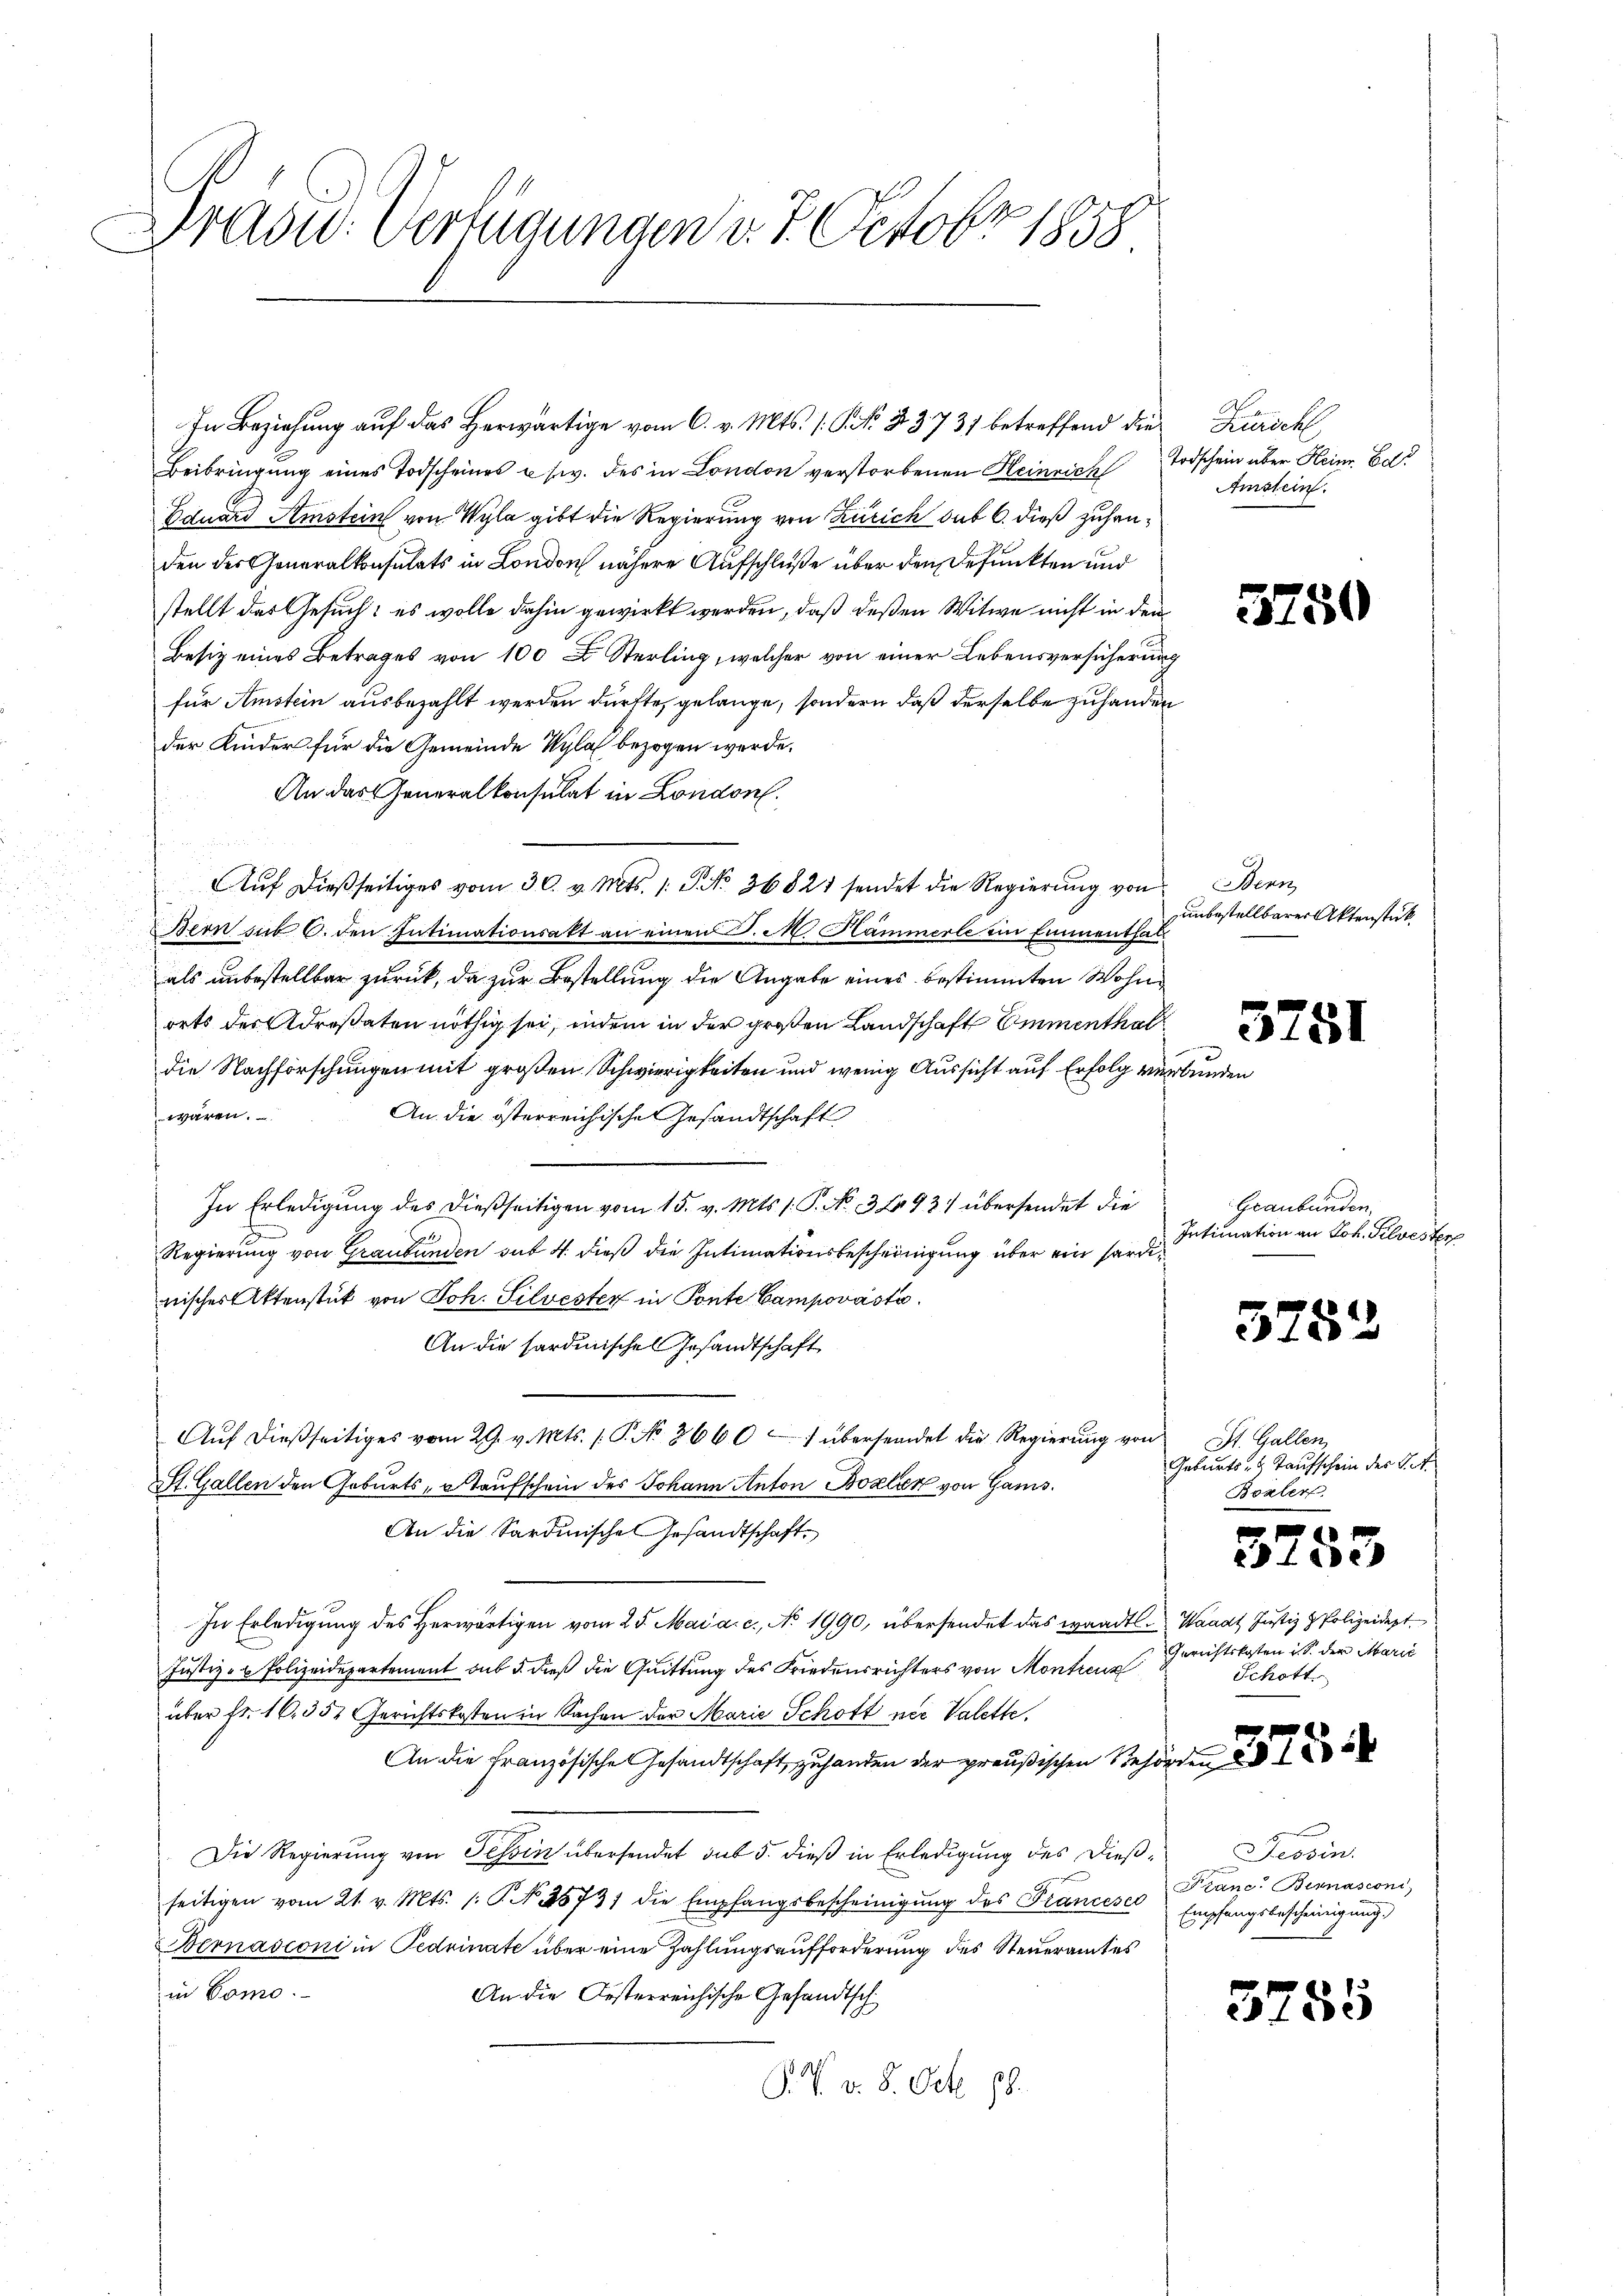
rad: Verfügungen v. 7. Octobr 1858

In Beziehung auf das Herwärtige vom 6. v. Mts. (S. 23737 betreffend die Zürich
Beibringung eines Todscheines usw. des in London verstorbenen Heinrich
Eduard Amstein von Wyla gibt die Regierung von Zürich sub 6. dieß zuhanden der Generalkonsulats in London nähere Aufschluße über den defunkten und
stellt das Gesuch: es wolle dahin gewirkt werden, daß deßen Witwe nicht in der
Besiz eines Betrages von 100 Fr. Sterling, welcher von einer Lebensversicherung
für Amstein ausbezahlt werden dürfte, gelange, sondern daß derselbe zuhanden
der Kinder für die Gemeinde Wyla bezogen werde.
An das Generalkonsulat in London.
Bern sub 6. den Intimationsakt an einen P. M. Hammerle ein Emmenthal
als unbestellbar zurück, da zur Bestellung die Angabe eines bestimmten Wohnorts des Adresaten nöthig sei, indem in der großen Landschaft Emmenthaldie Nachforschungen mit großen Schwierigkeiten und wenig Aussicht auf Erfolg verwären.
An die österreichische Gesandtschaft
In Erledigung des dießseitigen vom 15. v. Mts. 1. P. No. 32493) übersendet die
Regierung von Graubünden sub 4. dieß die Intimationsbescheinigung über ein Sardinischer Aktenstück von Joh. Silvester in Ponte Campováste.
An die Sardinischen Gesandtschaft
Aŭf dießseitiges vom 29. v. Mts. 1. P. No. 3660 - 7 übersendet die Regierŭng von
St. Gallen den Geburts, aufschein des Johann Anton Boxler von Gams.
An die Sardinische Gesandtschaft¬
In Erledigung des herwärtigen vom 25. Mai a. c., No 1990, übersendet das waadtl. Waadt Justiz & Polizeidept
Justiz- & Polizeidepartement sub 5. dieß die Quittung des Friedensrichters von Montreux
über fr. 1635 Gerichtskosten in Sachen der Marie Schott ner Valette.
An die Französische Gesandtschaft zu handen der preußischen Behörden
Die Regierung von Tessin übersendet sub 5. dieß in Erledigung des dieβ-Tessin,
seitigen vom 21. v. Mts. (: P. Nr. 25731 die Empfangsbescheinigŭng des Francesco
Bernasconi in Fedvinate über eine Zahlungsaufforderung des Steueramtes
in Como.
An die Oesterreichische Gesandtsch
P. P. v. 8. Oct. 88.

Auf dießseitiges vom 30. v. Mts. 1. No. 36821 sendet die Regierung von

Todschein über Heine Ed.
Amstein.

Bern,
unbestellbarer Aktenstück

kunden

3750

3251

Graubünden.
Intimation an Joh. Silvester

5282

St. Gallen
Geburts- & Taufschein der St
Boxler
f

Edlere

Gerichtskosten u. S. der Marie
Schott
Franc. Bernasconi,
Empfangsbescheinigung.)

5755